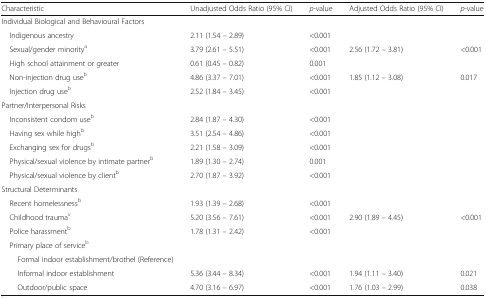
<table><thead><tr><td><b>Characteristic</b></td><td><b>Unadjusted Odds Ratio (95% CI)</b></td><td><b><i>p</i>-value</b></td><td><b>Adjusted Odds Ratio (95% CI)</b></td><td><b><i>p</i>-value</b></td></tr></thead><tbody><tr><td colspan="5">Individual Biological and Behavioural Factors</td></tr><tr><td> Indigenous ancestry</td><td>2.11 (1.54 – 2.89)</td><td>&lt;0.001</td><td></td><td></td></tr><tr><td> Sexual/gender minority<sup>a</sup></td><td>3.79 (2.61 – 5.51)</td><td>&lt;0.001</td><td>2.56 (1.72 – 3.81)</td><td>&lt;0.001</td></tr><tr><td> High school attainment or greater</td><td>0.61 (0.45 – 0.82)</td><td>0.001</td><td></td><td></td></tr><tr><td> Non-injection drug use<sup>b</sup></td><td>4.86 (3.37 – 7.01)</td><td>&lt;0.001</td><td>1.85 (1.12 – 3.08)</td><td>0.017</td></tr><tr><td> Injection drug use<sup>b</sup></td><td>2.52 (1.84 – 3.45)</td><td>&lt;0.001</td><td></td><td></td></tr><tr><td colspan="5">Partner/Interpersonal Risks</td></tr><tr><td> Inconsistent condom use<sup>b</sup></td><td>2.84 (1.87 – 4.30)</td><td>&lt;0.001</td><td></td><td></td></tr><tr><td> Having sex while high<sup>b</sup></td><td>3.51 (2.54 – 4.86)</td><td>&lt;0.001</td><td></td><td></td></tr><tr><td> Exchanging sex for drugs<sup>b</sup></td><td>2.21 (1.58 – 3.09)</td><td>&lt;0.001</td><td></td><td></td></tr><tr><td> Physical/sexual violence by intimate partner<sup>b</sup></td><td>1.89 (1.30 – 2.74)</td><td>0.001</td><td></td><td></td></tr><tr><td> Physical/sexual violence by client<sup>b</sup></td><td>2.70 (1.87 – 3.92)</td><td>&lt;0.001</td><td></td><td></td></tr><tr><td colspan="5">Structural Determinants</td></tr><tr><td> Recent homelessness<sup>b</sup></td><td>1.93 (1.39 – 2.68)</td><td>&lt;0.001</td><td></td><td></td></tr><tr><td> Childhood trauma<sup>v</sup></td><td>5.20 (3.56 – 7.61)</td><td>&lt;0.001</td><td>2.90 (1.89 – 4.45)</td><td>&lt;0.001</td></tr><tr><td> Police harassment<sup>b</sup></td><td>1.78 (1.31 – 2.42)</td><td>&lt;0.001</td><td></td><td></td></tr><tr><td colspan="5"> Primary place of service<sup>b</sup></td></tr><tr><td>Formal indoor establishment/brothel (Reference)</td><td></td><td></td><td></td><td></td></tr><tr><td>Informal indoor establishment</td><td>5.36 (3.44 – 8.34)</td><td>&lt;0.001</td><td>1.94 (1.11 – 3.40)</td><td>0.021</td></tr><tr><td>Outdoor/public space</td><td>4.70 (3.16 – 6.97)</td><td>&lt;0.001</td><td>1.76 (1.03 – 2.99)</td><td>0.038</td></tr></tbody></table>